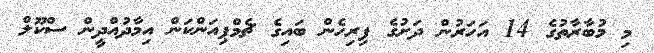
މި މުބާރާތުގެ 14 އަހަރުން ދަށުގެ ފިރިހެން ބައިގެ ޗެމްޕިއަންކަން އިމާދުއްދީން ސްކޫލް